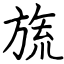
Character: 旒